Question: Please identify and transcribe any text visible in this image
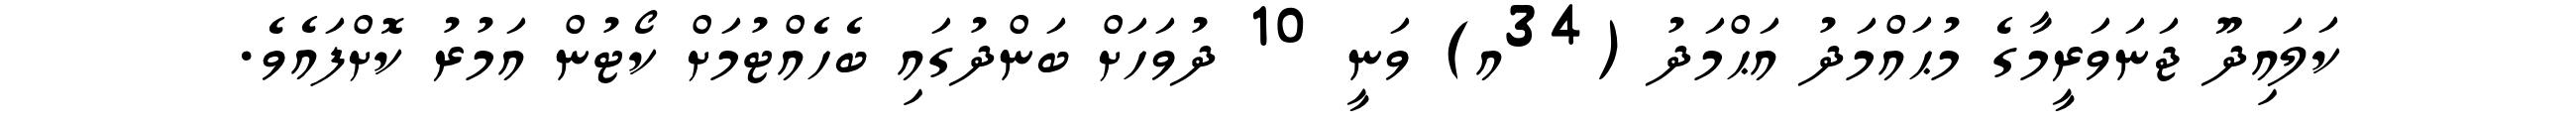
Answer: ކަލައިދޫ ޖަނަވަރީމާގެ މުޙައްމަދު އަޙްމަދު (34އ) ވަނީ 10 ދުވަހަށް ބަންދުގައި ބެހެއްޓުމަށް ކޯޓުން އަމުރު ކޮށްފައެވެ.